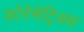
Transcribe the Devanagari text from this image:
कोरेमेट्रिक्स